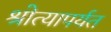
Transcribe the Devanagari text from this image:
श्रोत्यापर्यत